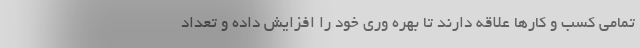
تمامی کسب و کارها علاقه دارند تا بهره وری خود را افزایش داده و تعداد